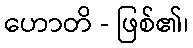
ဟောတိ - ဖြစ်၏၊